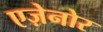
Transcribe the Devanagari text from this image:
एज़ेनोर